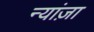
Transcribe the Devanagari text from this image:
न्यांज़ा